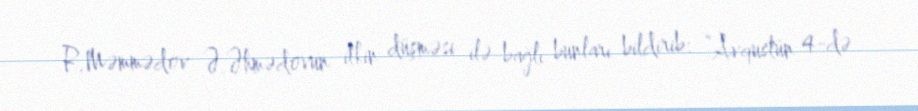
R.Məmmədov Ə.Əhmədovun itkin düşməsi ilə bağlı bunları bildirib: “Avqustun 4-də